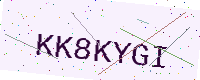
Text: KK8KYGI